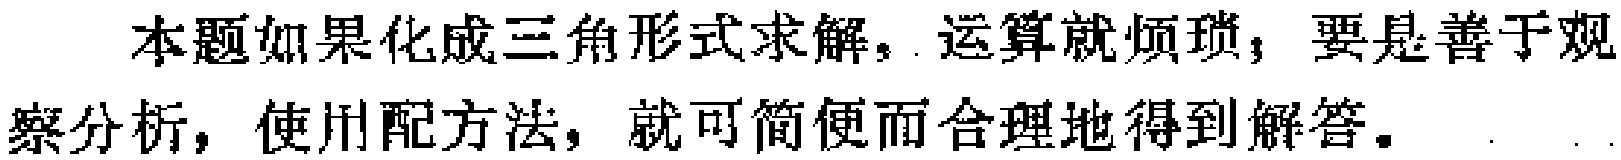
本题如果化成三角形式求解，运算就烦琐；要是善于观察分析，使用配方法，就可简便而合理地得到解答。